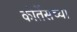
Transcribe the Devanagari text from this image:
कोर्तेसच्या